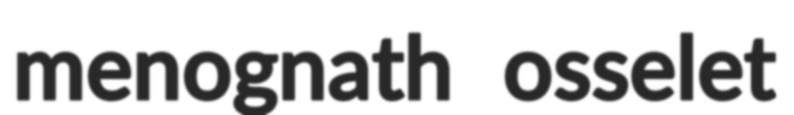
menognath osselet